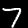
Digit: 7